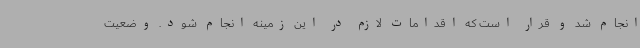
انجام شد و قرار است که اقدامات لازم در این زمینه انجام شود. وضعیت